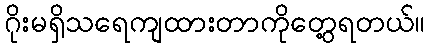
ဂိုးမရှိသရေကျထားတာကိုတွေ့ရတယ်။